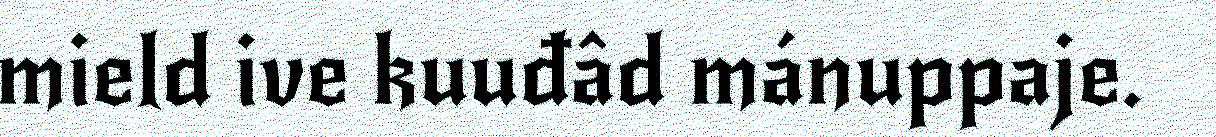
mield ive kuuđâd mánuppaje.